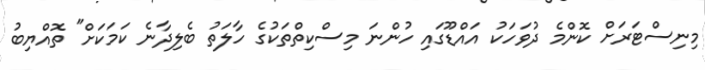
މިނިސްޓަރަށް ކޮންމެ ދުވަހަކު އައްޑޫގައި ހުންނަ މިސްކިތްތަކުގެ ހާލަތު ބެލިދާނެ ކަމަކަށް" ތޮއްޔިބު